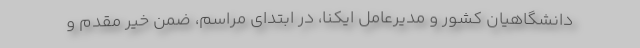
دانشگاهیان کشور و مدیرعامل ایکنا، در ابتدای مراسم، ضمن خیر مقدم و